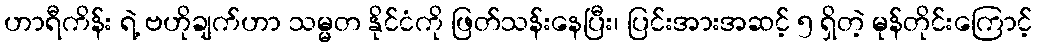
ဟာရီကိန်း ရဲ့ ဗဟိုချက်ဟာ သမ္မတ နိုင်ငံကို ဖြတ်သန်းနေပြီး၊ ပြင်းအားအဆင့် ၅ ရှိတဲ့ မုန်တိုင်းကြောင့်